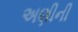
અણીની